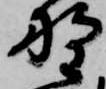
野